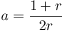
a = \frac { 1 + r } { 2 r }